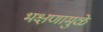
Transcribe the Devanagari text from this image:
भक्षणामुळे